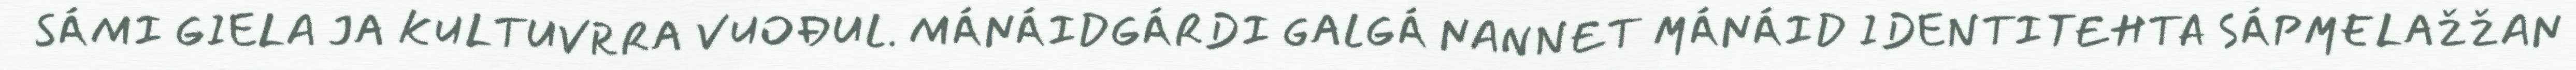
SÁMI GIELA JA KULTUVRRA VUOĐUL. MÁNÁIDGÁRDI GALGÁ NANNET MÁNÁID IDENTITEHTA SÁPMELAŽŽAN